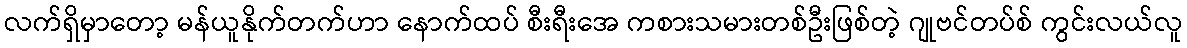
လက်ရှိမှာတော့ မန်ယူနိုက်တက်ဟာ နောက်ထပ် စီးရီးအေ ကစားသမားတစ်ဦးဖြစ်တဲ့ ဂျုဗင်တပ်စ် ကွင်းလယ်လူ